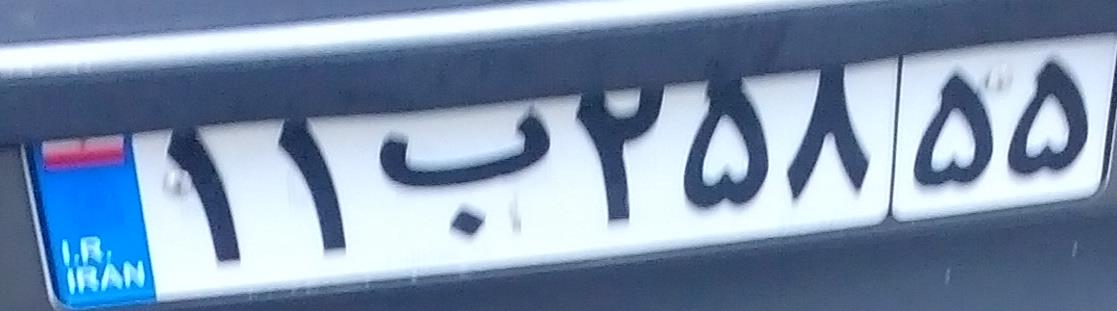
۱۱ب۲۵۸۵۵